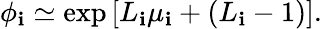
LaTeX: \phi_{\mathbf{i}}\simeq\exp\left[L_{\mathbf{i}}\mu_{\mathbf{i}}+(L_{\mathbf{i}}-1)\right].